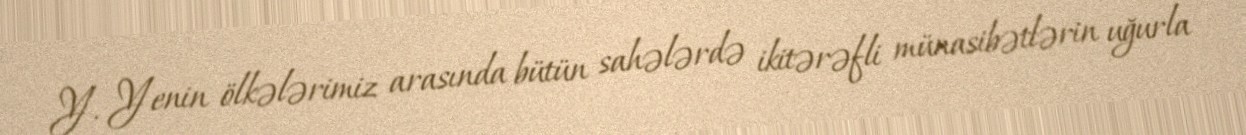
Y. Yenin ölkələrimiz arasında bütün sahələrdə ikitərəfli münasibətlərin uğurla